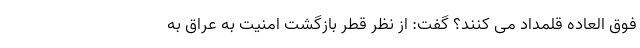
فوق العاده قلمداد می کنند؟ گفت: از نظر قطر بازگشت امنیت به عراق به